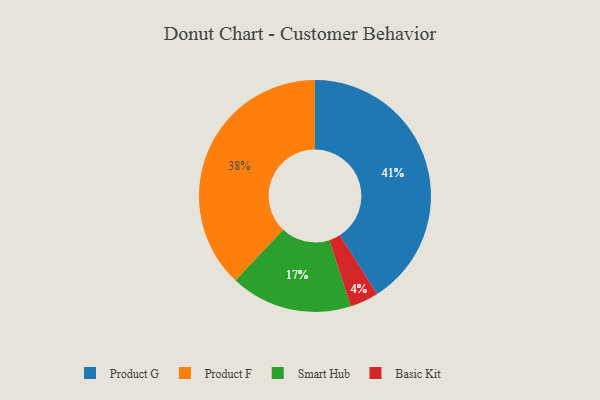
{"axis": {"x": "Category", "y": "Percentage"}, "legend": ["Basic Kit", "Product F", "Product G", "Smart Hub"], "data": [{"x": "Product F", "y": 38, "type": "Product F"}, {"x": "Basic Kit", "y": 4, "type": "Basic Kit"}, {"x": "Smart Hub", "y": 17, "type": "Smart Hub"}, {"x": "Product G", "y": 41, "type": "Product G"}]}